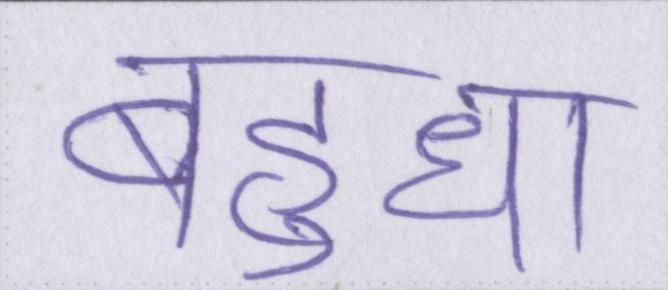
बहुधा